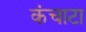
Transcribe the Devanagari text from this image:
कंचाटा